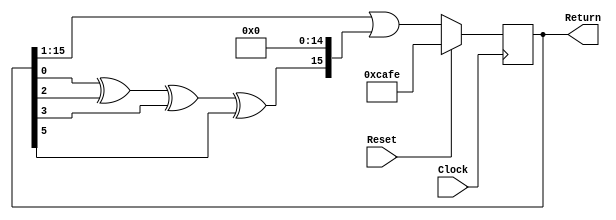
module RNG(Clock, Reset, Return);
	input Clock;
	input Reset;
	output [15:0]Return;
	reg [15:0]Number;
	wire feed;
	
	assign feed = Number[0] ^ Number[2] ^ Number[3] ^ Number[5];
	
	always @(posedge Clock) begin
		if (Reset) begin
			Number = 16'hCAFE;
		end else begin
			Number = (Number >> 1) | (feed << 15);
		end
	end
	
	assign Return = Number;
endmodule